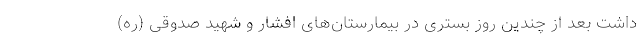
داشت بعد از چندین روز بستری در بیمارستان‌های افشار و شهید صدوقی (ره)